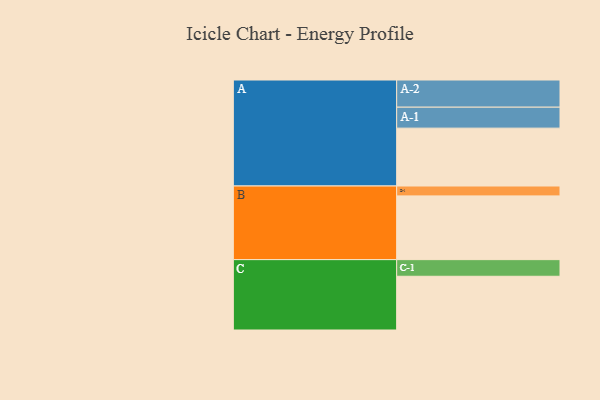
{"axis": {"x": "Segment", "y": "Value"}, "legend": ["", "A", "B", "C"], "data": [{"x": "A", "y": 445, "type": ""}, {"x": "B", "y": 490, "type": ""}, {"x": "C", "y": 413, "type": ""}, {"x": "A-1", "y": 161, "type": "A"}, {"x": "A-2", "y": 209, "type": "A"}, {"x": "B-1", "y": 76, "type": "B"}, {"x": "C-1", "y": 128, "type": "C"}]}